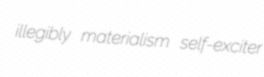
illegibly materialism self-exciter